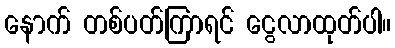
နောက် တစ်ပတ်ကြာရင် ငွေလာထုတ်ပါ။